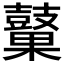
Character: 𲎜